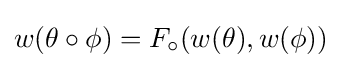
w(\theta \circ \phi )=F_{\circ }(w(\theta ),w(\phi ))